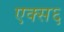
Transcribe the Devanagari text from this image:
एक्स६